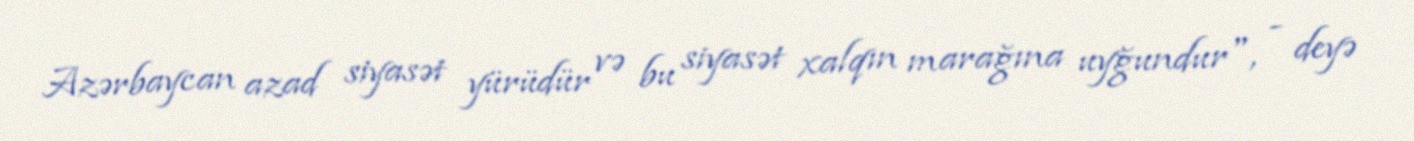
Azərbaycan azad siyasət yürüdür və bu siyasət xalqın marağına uyğundur", - deyə